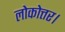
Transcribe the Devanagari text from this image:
लोकोत्तर।